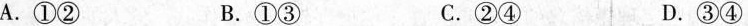
A.①② B.①③ C.②④ D.③④